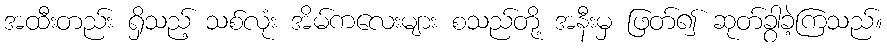
အထီးတည်း ရှိသည့် သစ်လုံး အိမ်ကလေးများ စသည်တို့ အနီးမှ ဖြတ်၍ ဆုတ်ခွာခဲ့ကြသည်။